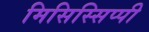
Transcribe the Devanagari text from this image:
मिसिस्सिप्पी